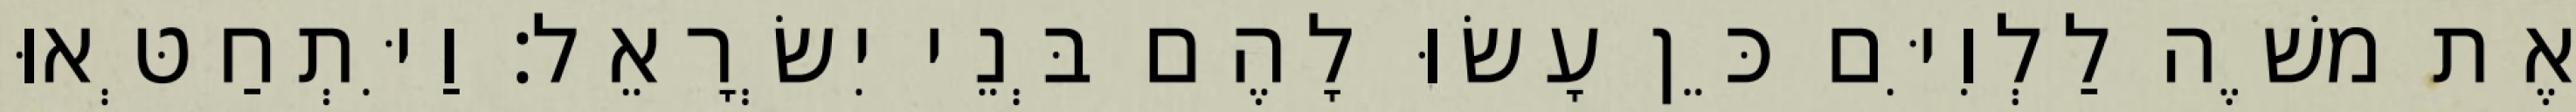
אֶת משֶׁה לַלְוִיִּם כֵּן עָשׂוּ לָהֶם בְּנֵי יִשְׂרָאֵל׃ וַיִּתְחַטְּאוּ